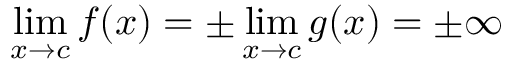
\operatorname* { l i m } _ { x \to c } f ( x ) = \pm \operatorname* { l i m } _ { x \to c } g ( x ) = \pm \infty